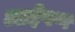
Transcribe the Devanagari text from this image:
आईपण